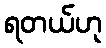
ရတယ်ဟု